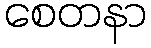
စေတနာ